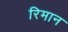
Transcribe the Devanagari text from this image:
रिमान